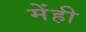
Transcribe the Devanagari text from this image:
मेंही